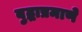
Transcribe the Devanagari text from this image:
बुद्धाप्रमाणे